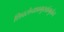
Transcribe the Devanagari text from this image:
शिवसेनाप्रमुखांमुळेच